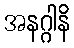
အနဂ္ဂါနိ